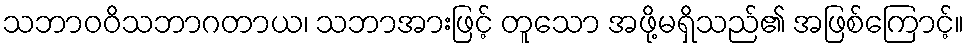
သဘာဝဝိသဘာဂတာယ၊ သဘာအားဖြင့် တူသော အဖို့မရှိသည်၏ အဖြစ်ကြောင့်။